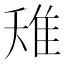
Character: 𨾘